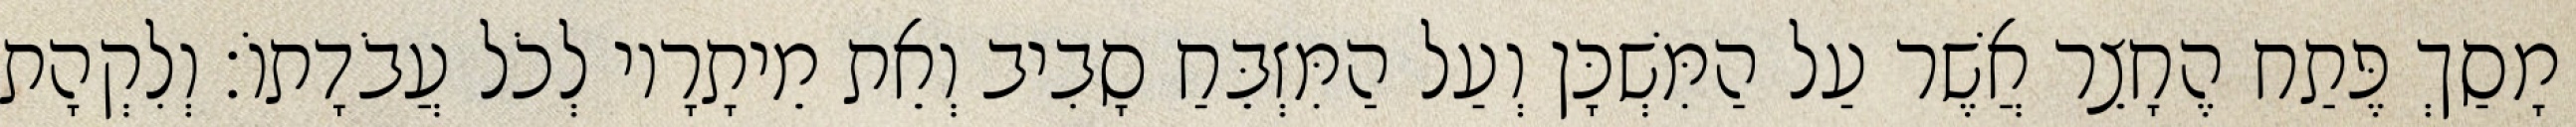
מָסַךְ פֶּתַח הֶחָצֵר אֲשֶׁר עַל הַמִּשְׁכָּן וְעַל הַמִּזְבֵּחַ סָבִיב וְאֵת מֵיתָרָיו לְכֹל עֲבֹדָתוֹ׃ וְלִקְהָת